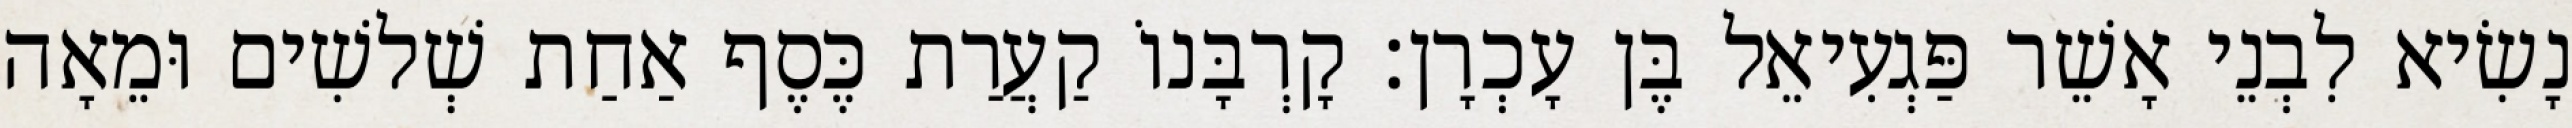
נָשִׂיא לִבְנֵי אָשֵׁר פַּגְעִיאֵל בֶּן עָכְרָן׃ קָרְבָּנוֹ קַעֲרַת כֶּסֶף אַחַת שְׁלשִׁים וּמֵאָה